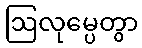
ဩလုမ္ပေတွာ